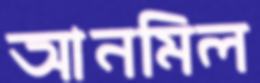
আনমিল